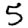
Digit: 5